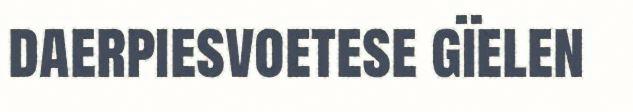
daerpiesvoetese gïelen